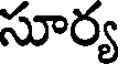
సూర్య